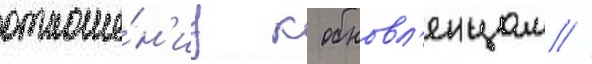
отноше́н'иу к обновл'енцам //